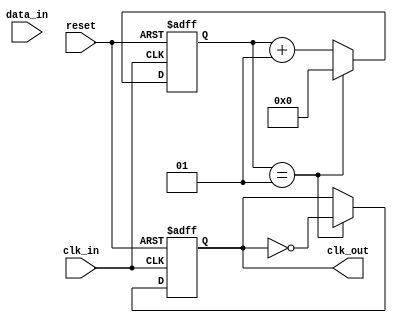
module ClockRecoveryPLL (
    input wire clk_in,            // Incoming data clock
    input wire data_in,           // Incoming data signal
    output reg clk_out,           // Output clock
    input wire reset              // Reset signal
);

    // Parameters
    parameter integer N = 4;      // Clock division factor
    parameter integer MEM_SIZE = 8; // Memory blocks size
    
    // Internal signals
    reg [MEM_SIZE-1:0] phase_memory; // Memory for phase tracking
    reg [3:0] phase_error;          // Phase error signal
    reg [7:0] control_voltage;       // Control voltage for VCO
    reg [7:0] vco_freq;              // Frequency output of VCO
    reg [3:0] loop_filter;           // Loop filter output
    integer clk_div;                 // Clock divider counter

    // Phase Detector (PD)
    always @(posedge clk_in or posedge reset) begin
        if (reset) begin
            phase_memory <= 0;
            phase_error <= 0;
        end else begin
            phase_memory <= {phase_memory[MEM_SIZE-2:0], data_in}; // Shift memory
            phase_error <= {phase_memory[MEM_SIZE-1], data_in} - {1'b0, phase_memory[MEM_SIZE-2]}; // Simple PD logic
        end
    end

    // Loop Filter (LF)
    always @(posedge clk_in or posedge reset) begin
        if (reset) begin
            control_voltage <= 0;
            loop_filter <= 0;
        end else begin
            loop_filter <= loop_filter + phase_error; // Simple first-order filter
            control_voltage <= loop_filter;           // Update control voltage
        end
    end

    // Voltage-Controlled Oscillator (VCO)
    always @(posedge clk_in or posedge reset) begin
        if (reset) begin
            vco_freq <= 8'b00000000; // Initial condition
        end else begin
            vco_freq <= control_voltage; // Map control voltage directly to frequency
        end
    end

    // Clock Divider
    always @(posedge clk_in or posedge reset) begin
        if (reset) begin
            clk_div <= 0;
            clk_out <= 0;
        end else begin
            clk_div <= clk_div + 1;
            if (clk_div == (N / 2 - 1)) begin
                clk_out <= ~clk_out; // Toggle output clock
                clk_div <= 0; // Reset divider
            end
        end
    end

endmodule